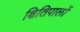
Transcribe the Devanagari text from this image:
क्षितिपालों